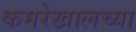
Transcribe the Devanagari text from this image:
कमरेखालच्या